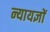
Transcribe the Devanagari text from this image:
न्यायज्ञों